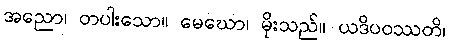
အညော၊ တပါးသော။ မေဃော၊ မိုးသည်။ ယဒိပဝဿတိ၊